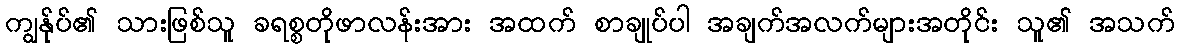
ကျွန်ုပ်၏ သားဖြစ်သူ ခရစ္စတိုဖာလန်းအား အထက် စာချုပ်ပါ အချက်အလက်များအတိုင်း သူ၏ အသက်